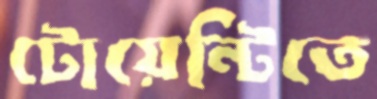
টোয়েন্টিতে